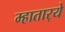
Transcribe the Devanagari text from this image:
म्हातार्‍ये